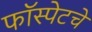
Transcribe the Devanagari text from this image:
फॉस्पेटचे